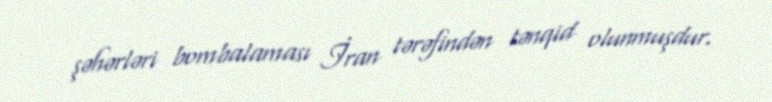
şəhərləri bombalaması İran tərəfindən tənqid olunmuşdur.